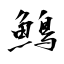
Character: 鷠